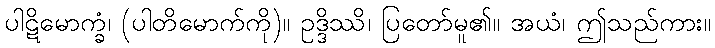
ပါဋိမောက္ခံ၊ (ပါတိမောက်ကို)။ ဥဒ္ဒိဿိ၊ ပြတော်မူ၏။ အယံ၊ ဤသည်ကား။